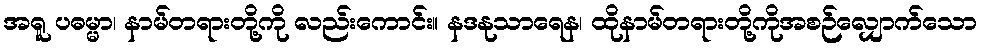
အရူ ပဓမ္မာ၊ နာမ်တရားတို့ကို လည်းကောင်း။ နဒနုသာရေန၊ ထိုနာမ်တရားတို့ကိုအစဉ်လျှောက်သော